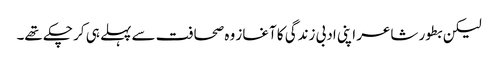
لیکن بطور شاعر اپنی ادبی زندگی کا آغاز وہ صحافت سے پہلے ہی کر چکے تھے۔